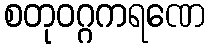
စတုဝဂ္ဂကရဏေ